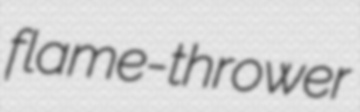
flame-thrower